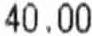
40.00